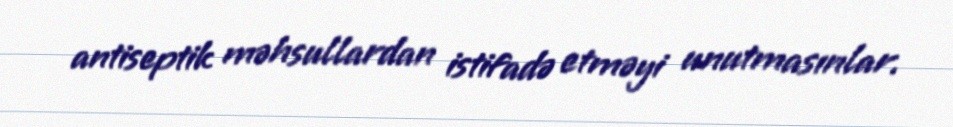
antiseptik məhsullardan istifadə etməyi unutmasınlar.